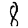
Digit: 8